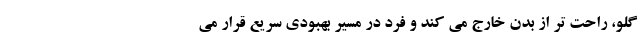
گلو، راحت تر از بدن خارج می کند و فرد در مسیر بهبودی سریع قرار می